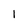
Character: 1